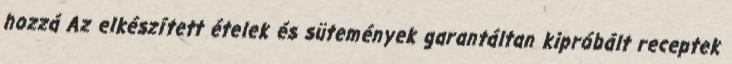
hozzá Az elkészített ételek és sütemények garantáltan kipróbált receptek